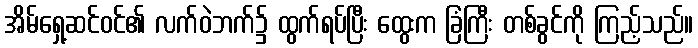
အိမ်ရှေ့ဆင်ဝင်၏ လက်ဝဲဘက်၌ ထွက်ရပ်ပြီး ထွေးက ခြံကြီး တစ်ခွင်ကို ကြည့်သည်။